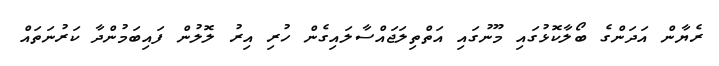
ރެޔާން އަދަންގެ ބޯލާކޮޅުގައި މޫނުގައި އަތްތިލަޖައްސާލައިގެން ހުރި އިރު ލޮލުން ފައިބަމުންދާ ކަރުނަތައް